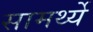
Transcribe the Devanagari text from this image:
सामर्थ्ये